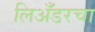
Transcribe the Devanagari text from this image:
लिअँडरचा